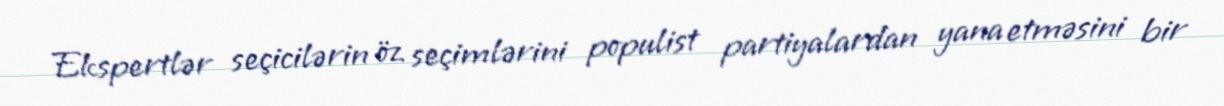
Ekspertlər seçicilərin öz seçimlərini populist partiyalardan yana etməsini bir